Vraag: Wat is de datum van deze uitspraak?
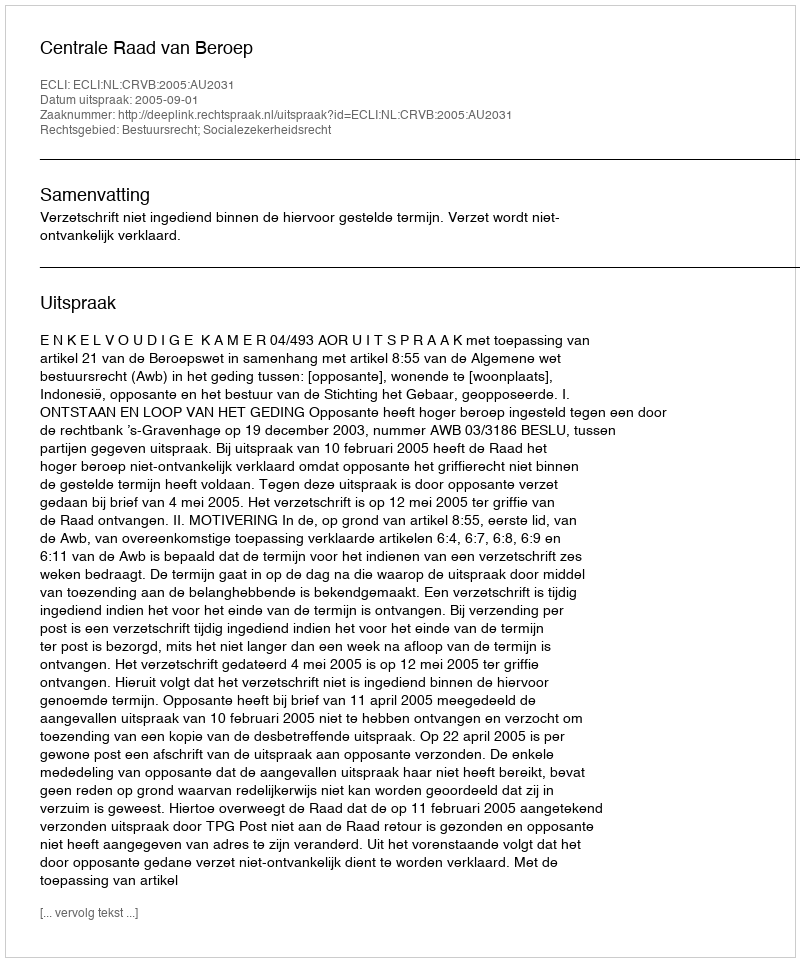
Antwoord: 2005-09-01